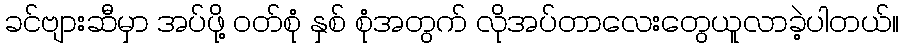
ခင်ဗျားဆီမှာ အပ်ဖို့ ဝတ်စုံ နှစ် စုံအတွက် လိုအပ်တာလေးတွေယူလာခဲ့ပါတယ်။